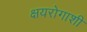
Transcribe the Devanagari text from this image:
क्षयरोगाशी